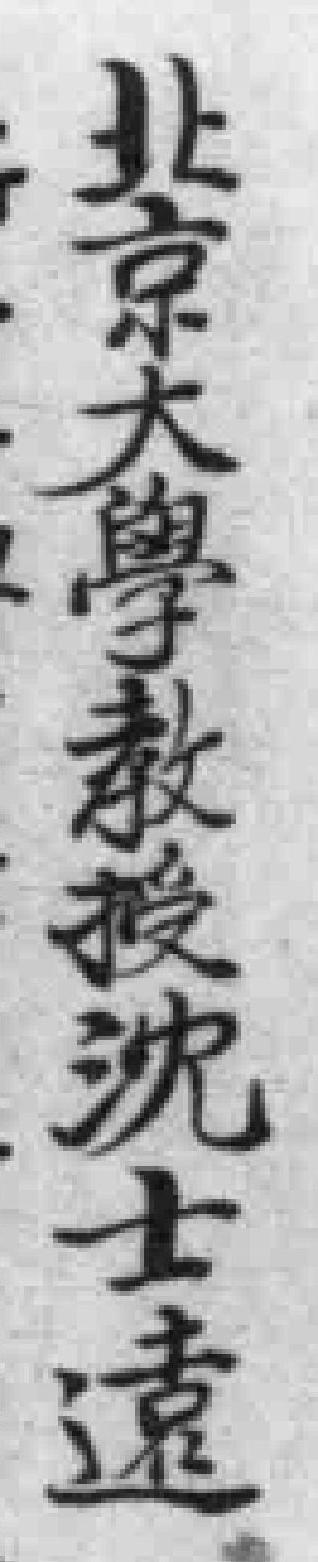
北京大學教授沈士遠